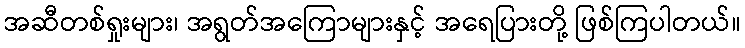
အဆီတစ်ရှုးများ၊ အရွတ်အကြောများနှင့် အရေပြားတို့ ဖြစ်ကြပါတယ်။